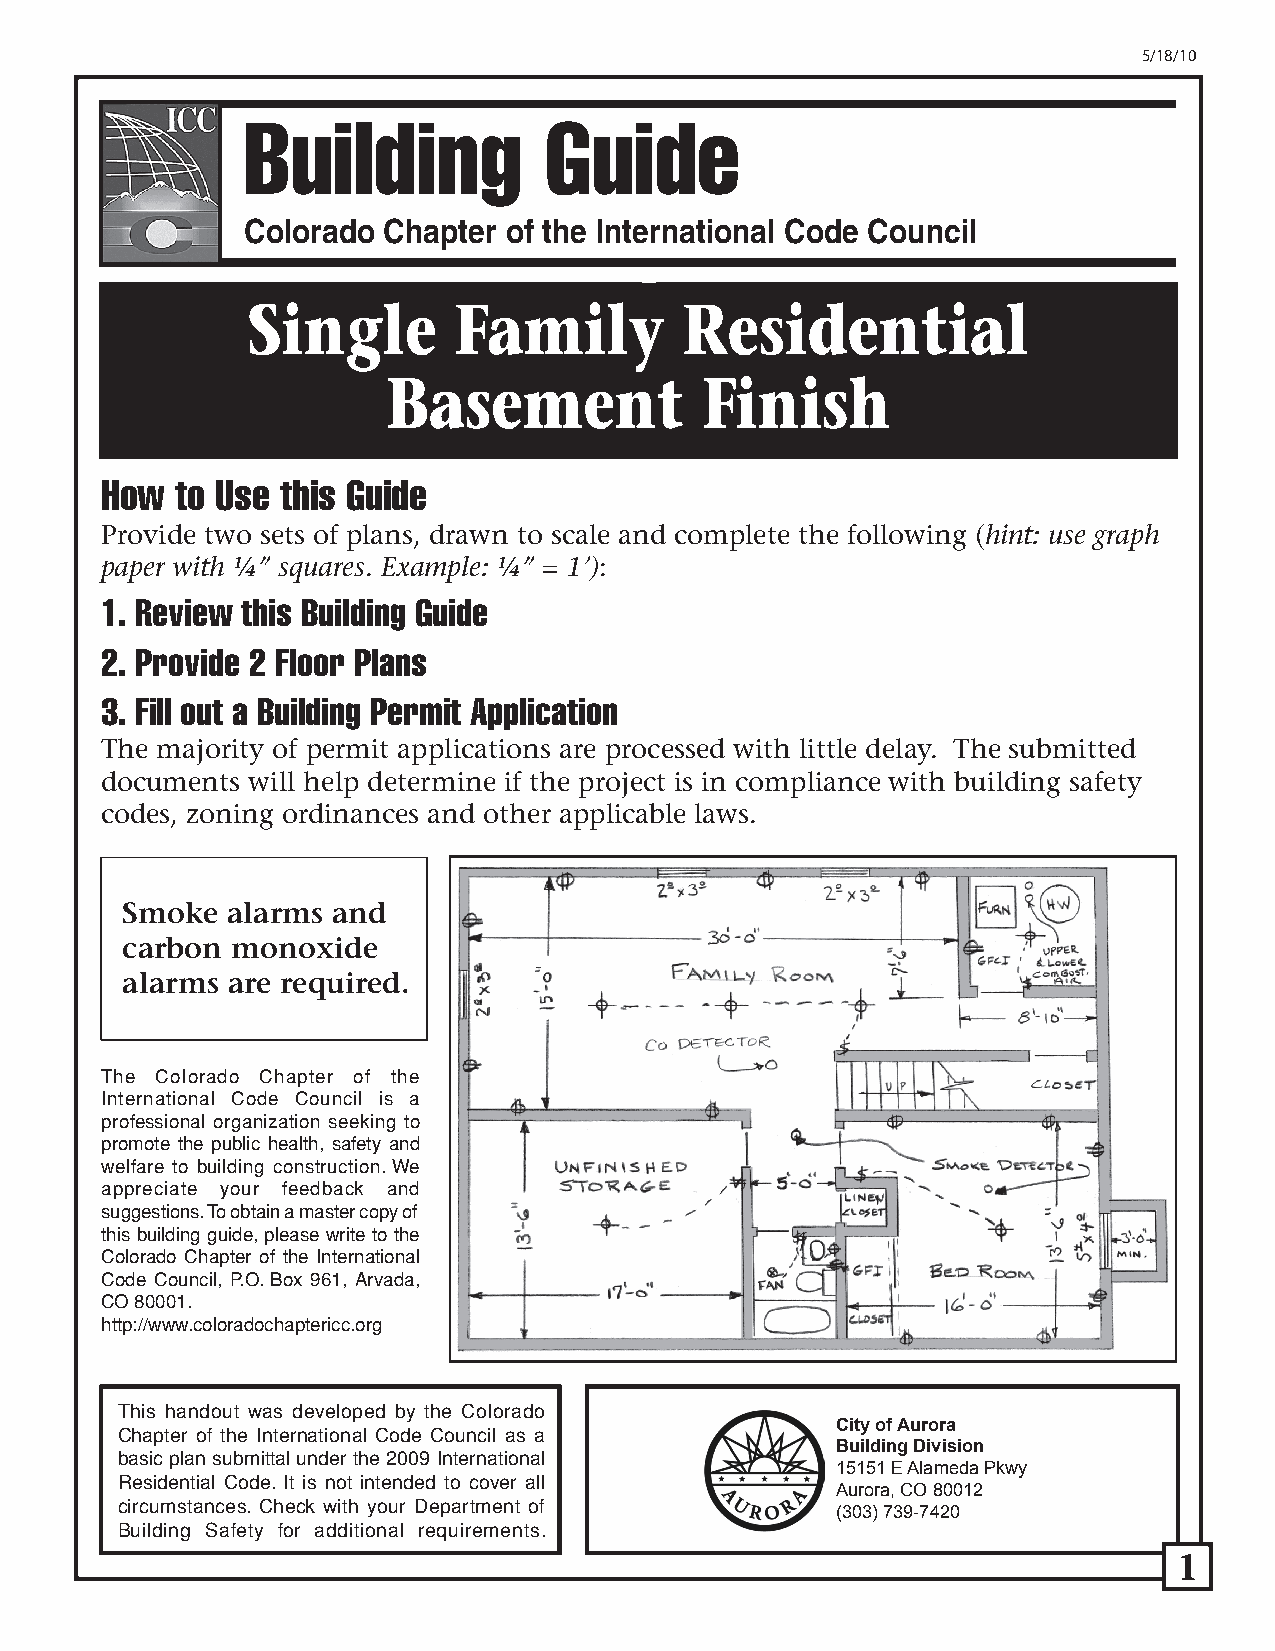
5/18/10
 ColoBraduo Cihladpteirn ofg th e GInteurniadtioneal Conference of Building
 Officials
 Building             Guide
 Colorado Chapter of the International Code Council
 Single        Family         Residential
 Basement            Finish
 How  to Use this Guide
 Provide two sets of plans, drawn to scale and complete the following (hint: use graph
 paper with ¼” squares. Example: ¼” = 1’):
 1. Review this Building Guide
 2. Provide 2 Floor Plans
 3. Fill out a Building Permit Application
 The majority of permit applications are processed with little delay. The submitted
 documents will help determine if the project is in compliance with building safety
 codes, zoning ordinances and other applicable laws.
 Smoke  alarms and
 carbon monoxide
 alarms are required.
 The Colorado Chapter of the
 International Code Council is a
 professional organization seeking to
 promote the public health, safety and
 welfare to building construction. We
 appreciate your feedback and
 suggestions. To obtain a master copy of
 this building guide, please write to the
 Colorado Chapter of the International
 Code Council, P.O. Box 961, Arvada,
 CO 80001.
 http://www.coloradochaptericc.org
 This handout was developed by the Colorado
 City of Aurora
 Chapter of the International Code Council as a
 Building Division
 basic plan submittal under the 2009 International
 15151 E Alameda Pkwy
 Residential Code. It is not intended to cover all
 Aurora, CO 80012
 circumstances. Check with your Department of
 (303) 739-7420
 Building Safety for additional requirements.
 1